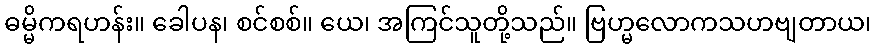
ဓမ္မိကရဟန်း။ ခေါပန၊ စင်စစ်။ ယေ၊ အကြင်သူတို့သည်။ ဗြဟ္မလောကသဟဗျတာယ၊